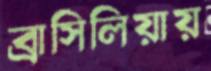
ব্রাসিলিয়ায়